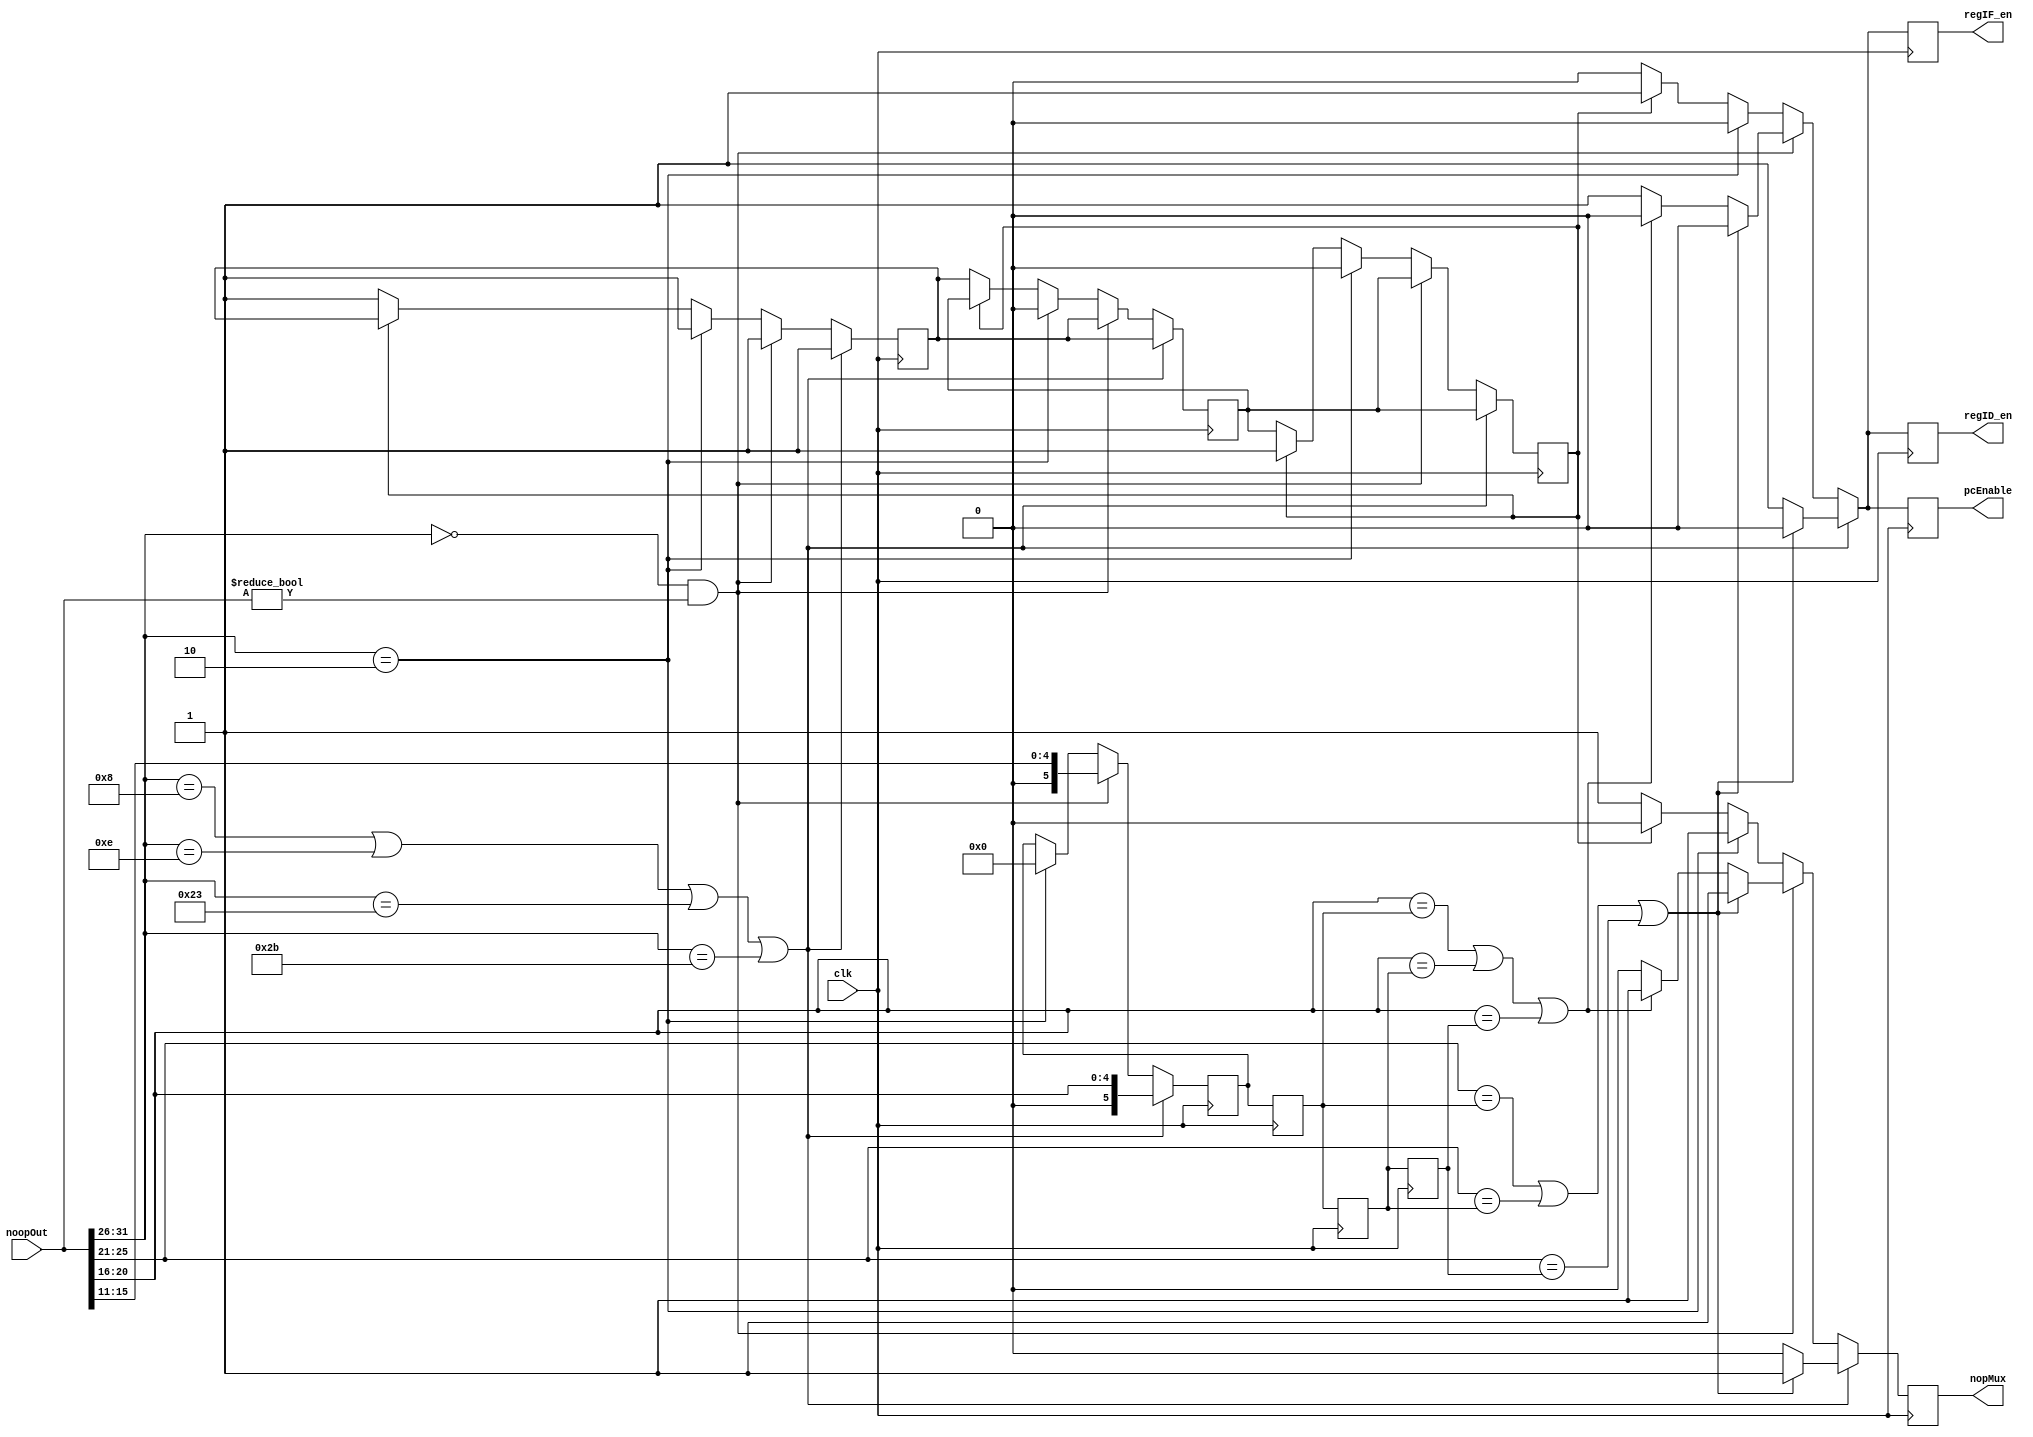
// Finite State Machine Module

// Op Codes
`define RTYPE 6'b0
`define LW 6'h23
`define SW 6'h2b
`define BEQ 6'h4
`define BNE 6'h5
`define ADDI 6'h8
`define XORI 6'he
`define JUMP 6'h2
`define JAL 6'h3

// Funct Codes
`define JR 6'h8
`define SUB 6'h22
`define SLT 6'h2a
`define ADD 6'h20

//ALU Op Codes
`define ADDSIGNAL  3'd0
`define SUBSIGNAL  3'd1
`define XORSIGNAL  3'd2
`define SLTSIGNAL  3'd3
`define ANDSIGNAL  3'd4
`define NANDSIGNAL 3'd5
`define NORSIGNAL  3'd6
`define ORSIGNAL   3'd7


module hazardPatrol(
    input [31:0] noopOut,
    input clk,

    output reg regIF_en, regID_en, nopMux, pcEnable
  );

  wire nzero, zero;
  not nalgene(nzero, zero);
  reg [1:0] counter;

  reg [5:0] nush1, nush2, nush3, nush4;
  reg [5:0] opcode, rt, rd, rs;
  reg  rtype, itype, jtype, count3, count2, count1;

  always @(posedge clk) begin
        opcode <= noopOut[31:26];
        //rs <= noopOut[25:21];
        //rt <= noopOut[20:16];
        //rd <= noopOut[15:11];
        itype = (noopOut[31:26] == `ADDI || noopOut[31:26] == `XORI || noopOut[31:26] == `LW || noopOut[31:26] == `SW);
        rtype = (noopOut[31:26] == `RTYPE);
        jtype = (noopOut[31:26] == `JUMP);

        nush4 <= nush3;
        nush3 <= nush2;
        nush2 <= nush1;

        if(itype) begin
          nush1 <= noopOut[20:16];
          count3 <= count2;
          count2 <= count1;
          count1 <= 1;
          if(noopOut[25:21] == nush2 || noopOut[25:21] == nush3 || noopOut[25:21] == nush4) begin
            regIF_en <= 0;
            regID_en <= 0;
            nopMux <= 1;
            pcEnable <= 0;
          end
          else begin
            regIF_en <= 1;
            regID_en <= 1;
            nopMux <= 0;
            pcEnable <= 1;
          end
        end
        else if(rtype && noopOut != 32'b0) begin
          nush1 <= noopOut[15:11];
          count3 <= count2;
          count2 <= count1;
          count1 <= 1;
          if(noopOut[25:21] == nush2 || noopOut[25:21] == nush3 || noopOut[25:21] == nush4) begin
            regIF_en <= 0;
            regID_en <= 0;
            nopMux <= 1;
            pcEnable <= 0;
          end
          else if(noopOut[20:16] == nush2 || noopOut[20:16] == nush3 || noopOut[20:16] == nush4) begin
            regIF_en <= 0;
            regID_en <= 0;
            nopMux <= 1;
            pcEnable <= 0;
          end
          else begin
            regIF_en <= 1;
            regID_en <= 1;
            nopMux <= 0;
            pcEnable <= 1;
          end
        end
        else if(jtype) begin
          nush1 <= 6'b0;
          count3 <= 0;
          count2 <= 0;
          count1 <= 1;
          regIF_en <= 0;
          regID_en <= 0;
          nopMux <= 1;
          pcEnable <= 0;

        end
        else begin
          if(count3 == 0) begin
            regIF_en <= 0;
            regID_en <= 0;
            nopMux <= 1;
            pcEnable <= 0;
            count3 <= count2;
            count2 <= count1;
            count1 <= 1;
        end
        else begin
            regIF_en <= 1;
            regID_en <= 1;
            nopMux <= 0;
            pcEnable <= 1;
        end
      end
    end
endmodule